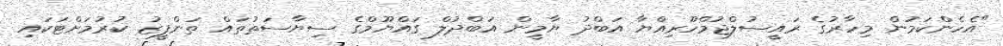
"އެހެންކަމުން މިހާރުގެ ރައީސުލްޖުމްހޫރިއްޔާ އަބްދު ޔާމީން އަބްދުލް ގައްޔޫމްގެ ސިޔާސަތުތައް ތަންފީޒު ކުރުމަށްޓަކައި